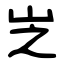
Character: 㞫